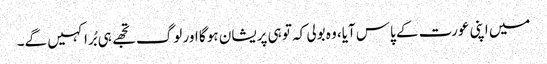
میں اپنی عورت کے پاس آیا، وہ بولی کہ تو ہی پریشان ہو گا اور لوگ تجھے ہی بُرا کہیں گے۔